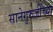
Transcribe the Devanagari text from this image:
सानेगुरुजींच्या